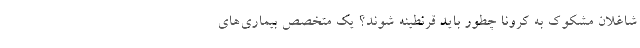
شاغلان مشکوک به کرونا چطور باید قرنطینه شوند؟ یک متخصص بیماری‌های